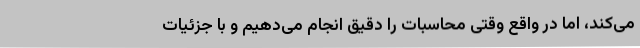
می‌کند، اما در واقع وقتی محاسبات را دقیق انجام می‌دهیم و با جزئیات